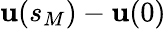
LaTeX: \mathbf{u}(s_{M})-\mathbf{u}(0)